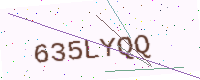
Text: 635LYQQ